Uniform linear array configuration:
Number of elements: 12
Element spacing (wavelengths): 0.25
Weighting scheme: hann
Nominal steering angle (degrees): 0
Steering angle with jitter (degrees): -0.3696
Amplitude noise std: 0.05
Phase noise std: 0.05

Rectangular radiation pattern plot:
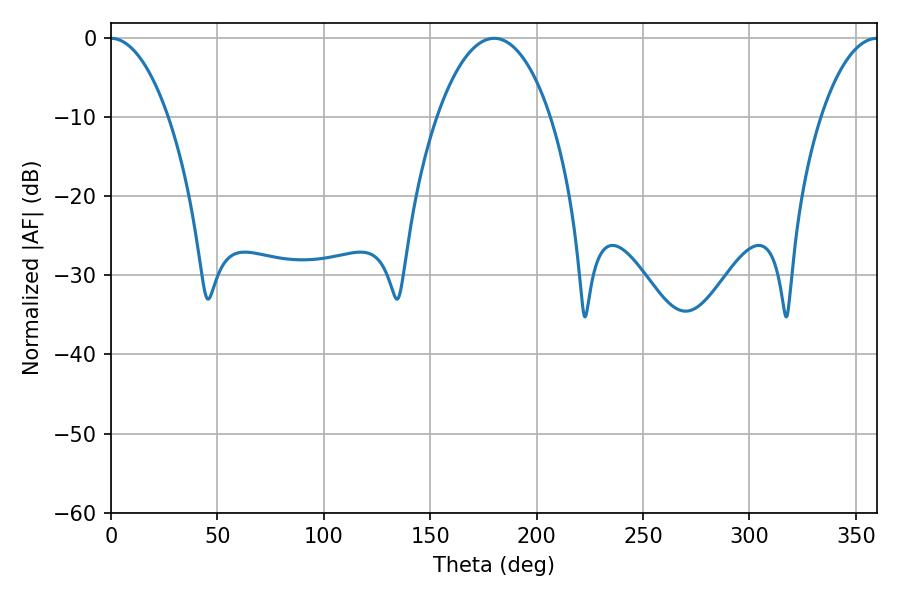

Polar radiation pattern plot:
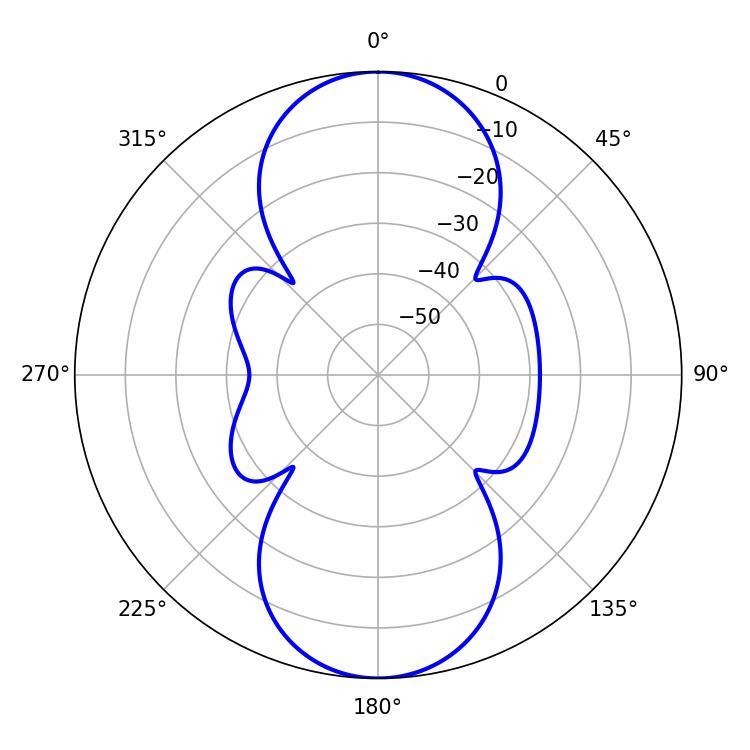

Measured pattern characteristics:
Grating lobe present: FALSE
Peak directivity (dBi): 28.145
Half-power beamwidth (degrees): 14.94
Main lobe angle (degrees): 0